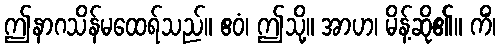
ဤနာဂသိန်မထေရ်သည်။ ဧဝံ၊ ဤသို့။ အာဟ၊ မိန့်ဆို၏။ ကိံ၊